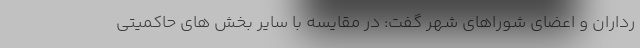
رداران و اعضای شوراهای شهر گفت: در مقایسه با سایر بخش های حاکمیتی